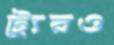
ট্যুরও